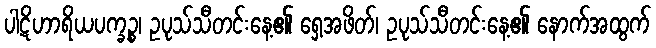
ပါဋိဟာရိယပက္ခဉ္စ၊ ဥပုသ်သီတင်းနေ့၏ ရှေ့အဖိတ်၊ ဥပုသ်သီတင်းနေ့၏ နောက်အထွက်